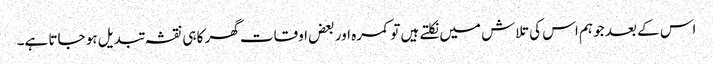
اس کے بعد جو ہم اس کی تلاش میں نکلتے ہیں تو کمرہ اور بعض اوقات گھر کا ہی نقشہ تبدیل ہو جاتا ہے۔